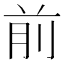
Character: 前